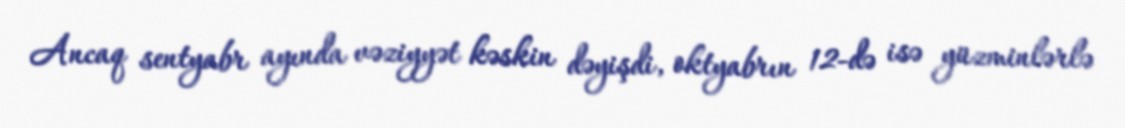
Ancaq sentyabr ayında vəziyyət kəskin dəyişdi, oktyabrın 12-də isə yüzminlərlə